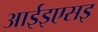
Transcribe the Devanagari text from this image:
आईइएसइ